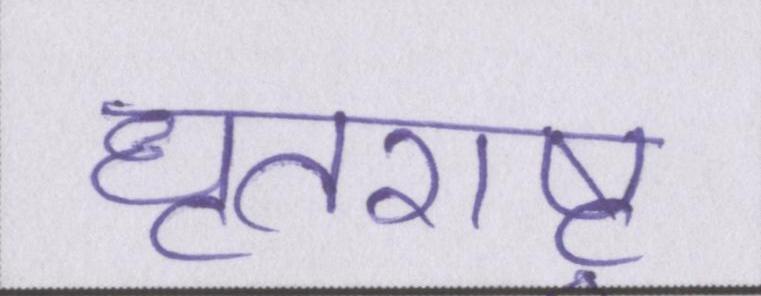
धॄतराष्ट्र